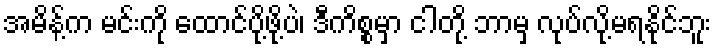
အမိန့်က မင်းကို ထောင်ပို့ဖို့ပဲ၊ ဒီကိစ္စမှာ ငါတို့ ဘာမှ လုပ်လို့မရနိုင်ဘူး